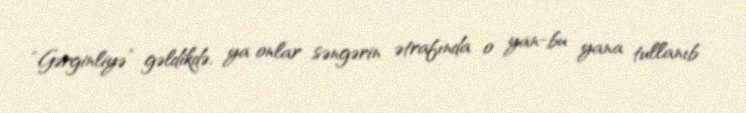
“Gərginliyə” gəldikdə, ya onlar səngərin ətrafında o yan-bu yana tullanıb